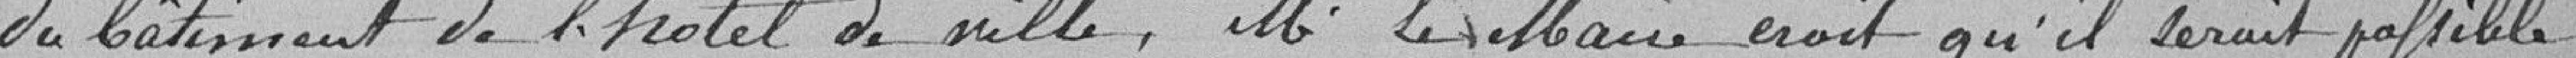
du bâtiment de l'hôtel de Ville, M. le Maire croit qu'il serait possible